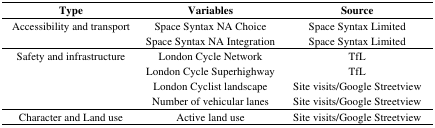
<table><thead><tr><td><b>Type</b></td><td><b>Variables</b></td><td><b>Source</b></td></tr></thead><tbody><tr><td>Accessibility and transport</td><td>Space Syntax NA Choice</td><td>Space Syntax Limited</td></tr><tr><td></td><td>Space Syntax NA Integration</td><td>Space Syntax Limited</td></tr><tr><td>Safety and infrastructure</td><td>London Cycle Network</td><td>TfL</td></tr><tr><td></td><td>London Cycle Superhighway</td><td>TfL</td></tr><tr><td></td><td>London Cyclist landscape</td><td>Site visits/Google Streetview</td></tr><tr><td></td><td>Number of vehicular lanes</td><td>Site visits/Google Streetview</td></tr><tr><td>Character and Land use</td><td>Active land use</td><td>Site visits/Google Streetview</td></tr></tbody></table>